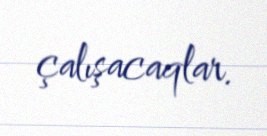
çalışacaqlar.